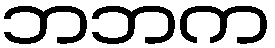
ဘဘက